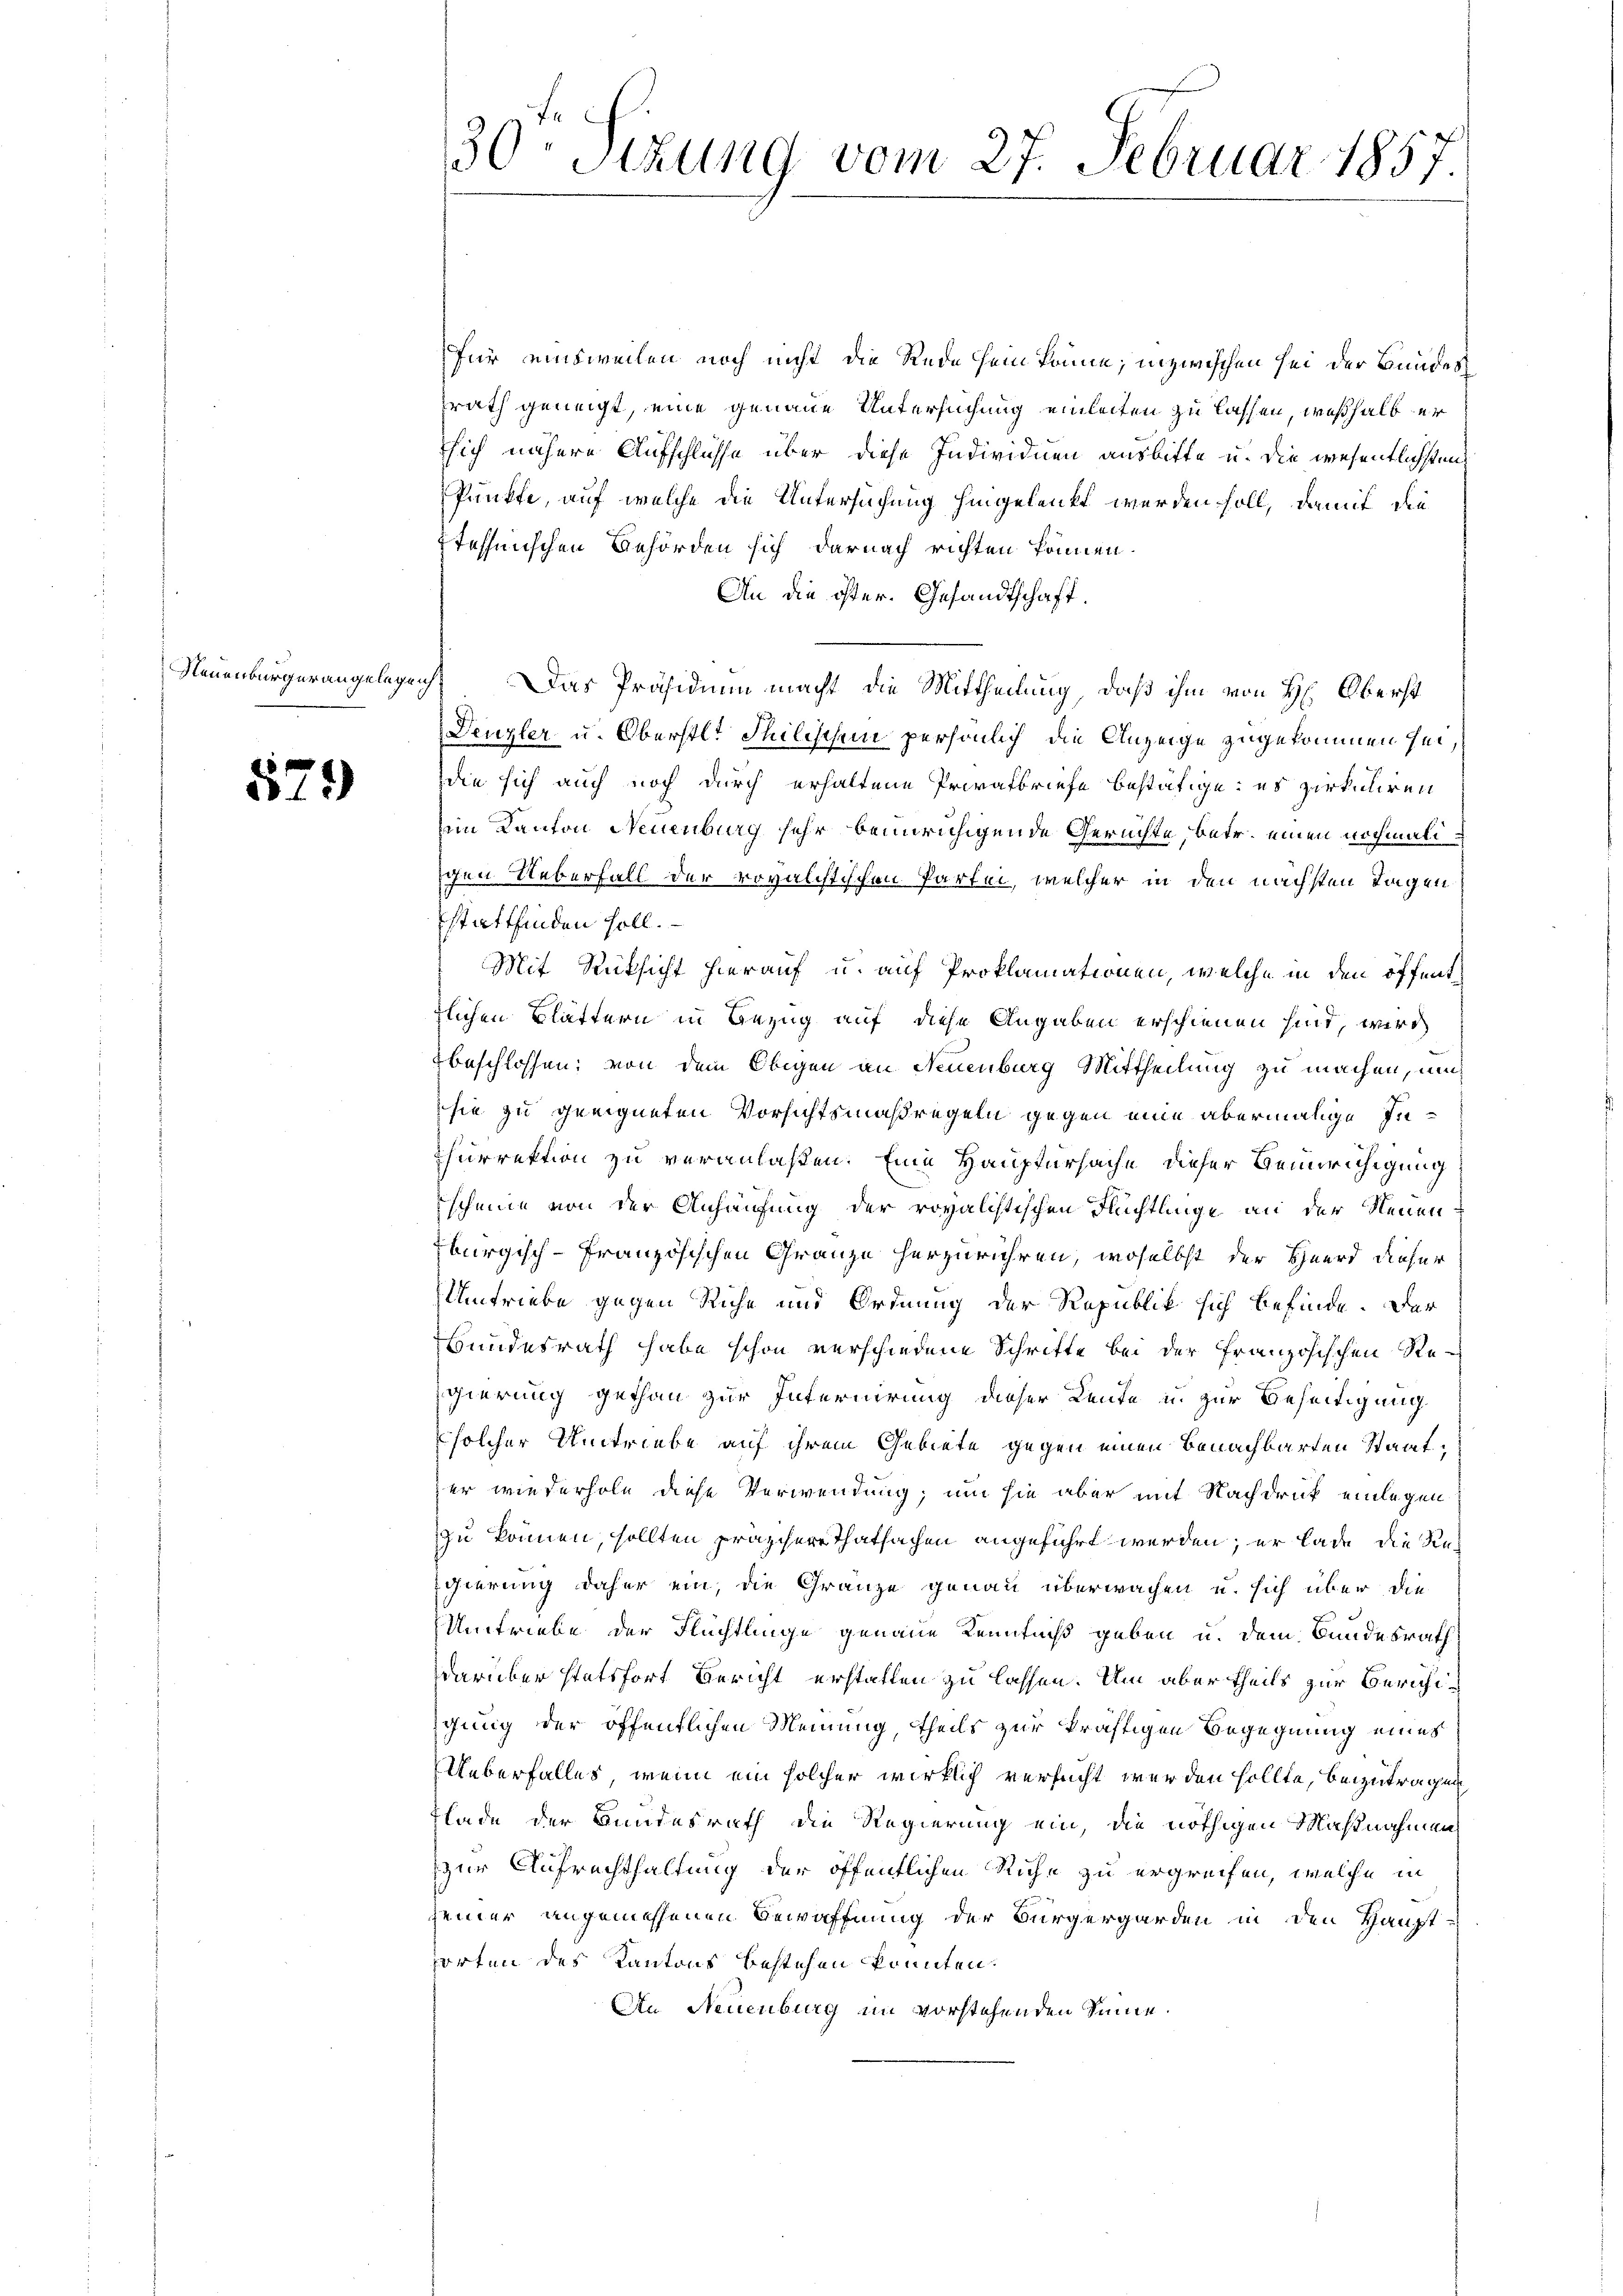
Neuenburgerangelegenh

579

30 Sekung vom 27. Februar 1857

für einsweilen noch nicht die Rede sein könne; inzwischen sei der Bundessrath geneigt, eine genaue Untersuchung einleiten zu lassen, weßhalb er
ssich nähere Aufschlüsse über diese Individuen ausbitte u. die wesentlichsten
Punkte, auf welche die Untersuchung hingelenkt werden soll, damit die
tefhmischen Behörden sich darnach richten können.
An die öster- Gesandtschaft.
Das Präsidium macht die Mittheilung, daß ihm von H: Oberst
Denzler u. Oberstl. Philischein persönlich die Anzeige zugekommen sei,
die sich auch noch durch erhaltene Privafbriefe bestätige; es zirkuliren
im Kanton Neuenburg sehr beunruhigende Gerichte, betr. einen nochmaliigen Ueberfall der rovalistischen Partei, welcher in den nächsten Tagen
stattfinden soll.
Mit Rücksicht hierauf u. auf Proklamationen, welche in den öffenttlichen Blättern in Bezug auf diese Angaben erschienen hint, wird
beschlossen; von dem Obigen an Neuenburg Mittheilung zu machen, um
sie zu geeigneten Vorsichtsmaßregeln gegen eine abermalige In¬
Churrektion zu veranlaßen. Eine Hauptursache dieser Bemerchigung
scheine von der Anhäufung der royalistischen Flüchtlinge an der Neuen-
burgisch-Französischen Gränze herzurühren, woselbst der Heerd dieser
Umtriebe gegen Riche und Ordnung der Republik sich befinde. Der
Bundesrath habe schon verschiedene Schrifte bei der Französischen Regierung gethan zur Internirung dieser Leute in zur Beseitigung
solcher Umtriebe auf ihrem Gebiete gegen einen Benachbarten Staat,
der wiederhole diese Verwendung, um sie aber mit Nachdruck einlegen
zu können, sollten praschere Thatsachen angeführt werden; er lade die Re¬
Egierung daher ein, die Gränze genau überwachen u. sich über die
Umtriebe der Flüchtlinge genaue Kenntniß geben u. dem Bundesrath
darüber stattfort Bericht erstatten zu lassen. Um aber theils zur Berichiigung der öffentlichen Meinung, theils zur kräftigen Begegnung eines
Ueberfalles, wenn ein solcher wirklich versucht werden sollte, beizutragen
Flade der Bundesrath die Regierung ein, die nöthigen Maßnahmen
zur Aufrechthaltung der öffentlichen Ruhe zu ergreifen, welche in
seiner angemessenen Bewaffnung der Bürgergarden in den Haupt-
orten des Kantons bestehen könnten.
An Neuenburg im vorstehenden Sinne.